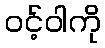
ဝင့်ဝါကို